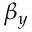
\beta _ { y }